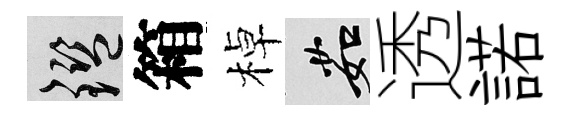
鑒箱棹茹透諾